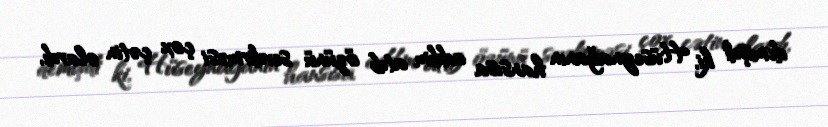
demişdi ki, Hüseynağanın hansısa addım atıb özünü sevdirməsi çox çətin olardı,